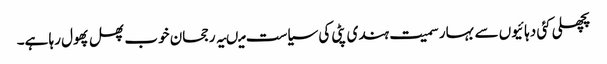
پچھلی کئی دہائیوں سے بہار سمیت ہندی پٹی کی سیاست میںیہ رجحان خوب پھل پھول رہا ہے۔